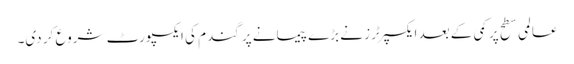
عالمی سطح پر کمی کے بعد ایکسپرٹرز نے بڑے پیمانے پر گندم کی ایکسپورٹ شروع کر دی۔